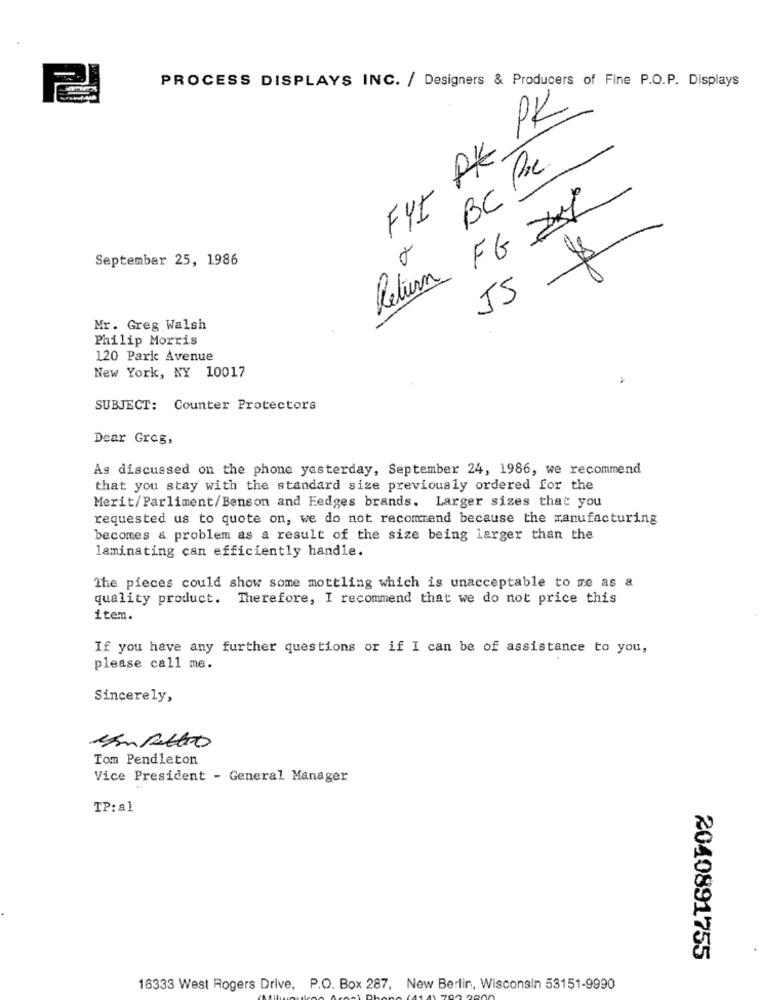
PROCESS DISPLAYS INC. / Designers & Producers of Fine P.O.P. Displays
FYt PK PK
BC PC
Return FG 21
September 25, 1986
Mr. Greg Walsh
Philip Morris
120 Park Avenue
New York, NY 10017
SUBJECT: Counter Protectors
Dear Greg,
As discussed on the phone yesterday, September 24, 1986, we recommend
that you stay with the standard size previously ordered for the
Merit/Parliment/Benson and Eedges brands. Larger sizes that you
requested us to quote on, we do not recommend because the manufacturing
becomes & problem as a result of the size being larger than the
laminating can efficiently handle.
The pieces could show some mottling which is unacceptable to me as a
quality product. Therefore, I recommend that we do not price this
item.
If you have any further questions or if I can be of assistance to you,
please call me.
Sincerely,
compettio
Tom Pendleton
Vice President - General Manager
TP: a1
2040891755
16333 West Rogers Drive, P.O. Box 287, New Berlin, Wisconsin 53151-9990